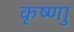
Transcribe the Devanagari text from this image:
कृष्णाु